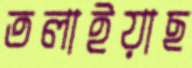
তলাইয়াছ